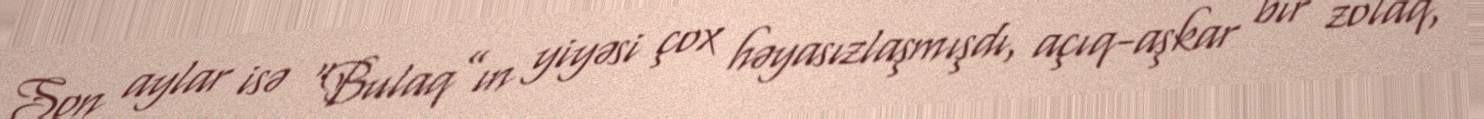
Son aylar isə “Bulaq”ın yiyəsi çox həyasızlaşmışdı, açıq-aşkar bir zolaq,